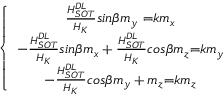
\left\{ \begin{array} { c } { \frac { H _ { S O T } ^ { D L } } { H _ { K } } { { s i n } \beta m _ { y } \ } { = } k m _ { x } } \\ { - \frac { H _ { S O T } ^ { D L } } { H _ { K } } { s i n } \beta m _ { x } + \frac { H _ { S O T } ^ { D L } } { H _ { K } } { c o s } \beta m _ { z } { = } k m _ { y } } \\ { - \frac { H _ { S O T } ^ { D L } } { H _ { K } } { c o s } \beta m _ { y } + m _ { z } { = } k m _ { z } } \end{array} \right.